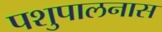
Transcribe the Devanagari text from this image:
पशुपालनास